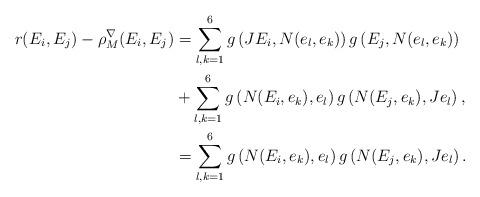
LaTeX: \begin{align*}r(E_i,E_j)-\rho^\nabla_M(E_i,E_j)&=\sum_{l,k=1}^{6}g\left(JE_i,N(e_l,e_k) \right)g\left(E_j,N(e_l,e_k) \right)\\&+\sum_{l,k=1}^{6}g\left(N(E_i,e_k),e_l \right)g\left(N(E_j,e_k),Je_l \right),\\&=\sum_{l,k=1}^{6}g\left(N(E_i,e_k),e_l \right)g\left(N(E_j,e_k),Je_l \right).\end{align*}